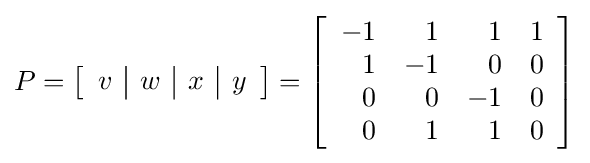
P=\left[{\begin{array}{c|c|c|c}v&w&x&y\end{array}}\right]=\left[{\begin{array}{rrrr}-1&1&1&1\\1&-1&0&0\\0&0&-1&0\\0&1&1&0\end{array}}\right]